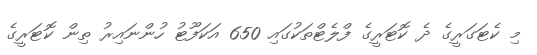
މި ކެޓަގަރީގެ ދެ ކޮޓަރީގެ ފްލެޓްތަކުގައި 650 އަކަފޫޓު ހުންނައިރު ތިން ކޮޓަރީގެ